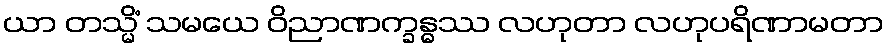
ယာ တသ္မိံ သမယေ ဝိညာဏက္ခန္ဓဿ လဟုတာ လဟုပရိဏာမတာ